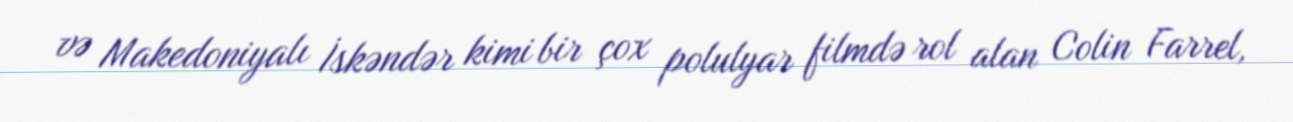
və Makedoniyalı İskəndər kimi bir çox polulyar filmdə rol alan Colin Farrel,